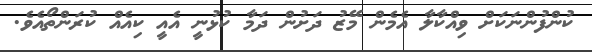
ކުންފުންނަކަށް ވިއްކާލާ އެމެން މޭޒު ދަށުން ދަމާ ކުޅުނީ އެއީ ކިއެއް ކުރަންތޯއެވެ.